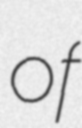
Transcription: of